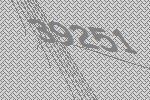
39251